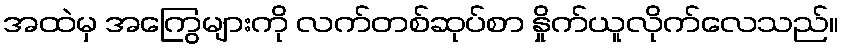
အထဲမှ အကြွေများကို လက်တစ်ဆုပ်စာ နှိုက်ယူလိုက်လေသည်။